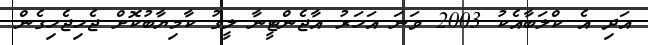
އަދި އެ ކްލަބާއެކު 2003 ވަނަ އަހަރު އާޖެންޓީނާ ލީގު ކާމިޔާބުކޮށް ޖެހިޖެހިގެން